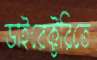
ডাইরেক্টরিতে